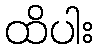
ထိပါး